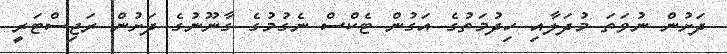
ދަށުން ނުވަތަ މުދަލާއި ހިދުމަތުގެ އަގުން ޓެކްސް ނެގުމުގެ ގާނޫނުގެ ދަށުން ރަޖިސްޓަރީ